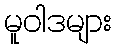
မူဝါဒများ